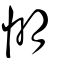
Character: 𢜠